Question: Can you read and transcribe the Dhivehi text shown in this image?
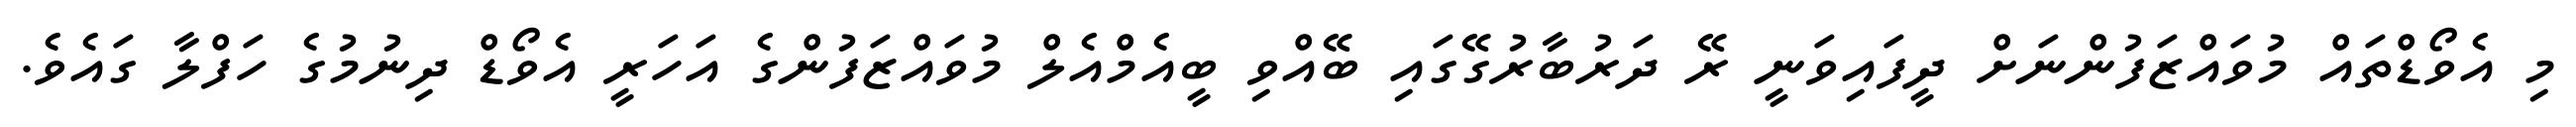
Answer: މި އެވޯޑްތައް މުވައްޒަފުންނަށް ދީފައިވަނީ ރޭ ދަރުބާރުގޭގައި ބޭއްވި ބީއެމްއެލް މުވައްޒަފުންގެ އަހަރީ އެވޯޑް ދިނުމުގެ ހަފްލާ ގައެވެ.